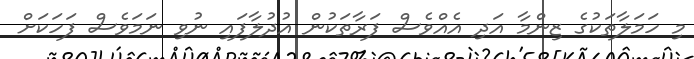
މި ހަމަލާތަކުގެ ޒިންމާ އަދި އެއްވެސް ފަރާތަކުން އުދުލާފައި ނުވި ނަމަވެސް ފަހަކަށް